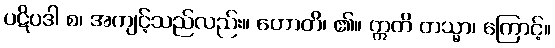
ပဋိပဒါ စ၊ အကျင့်သည်လည်း။ ဟောတိ၊ ၏။ ဣတိ တသ္မာ၊ ကြောင့်။